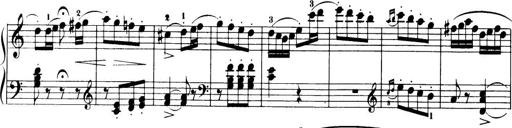
Title: 32 Sonatinas and Rondos for the Piano
Composer: Richard Kleinmichel